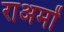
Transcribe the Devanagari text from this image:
राअमों